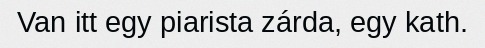
Van itt egy piarista zárda, egy kath.